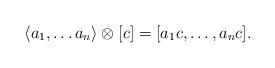
LaTeX: \begin{align*} \langle a_1,\dots a_n\rangle\otimes[c]=[a_1c,\dots,a_nc]. \end{align*}